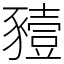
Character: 豷